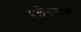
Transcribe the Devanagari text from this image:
इर्लेकरांनी